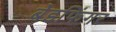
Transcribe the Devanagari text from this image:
बेडफिंगर